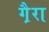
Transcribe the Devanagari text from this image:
गै़रा